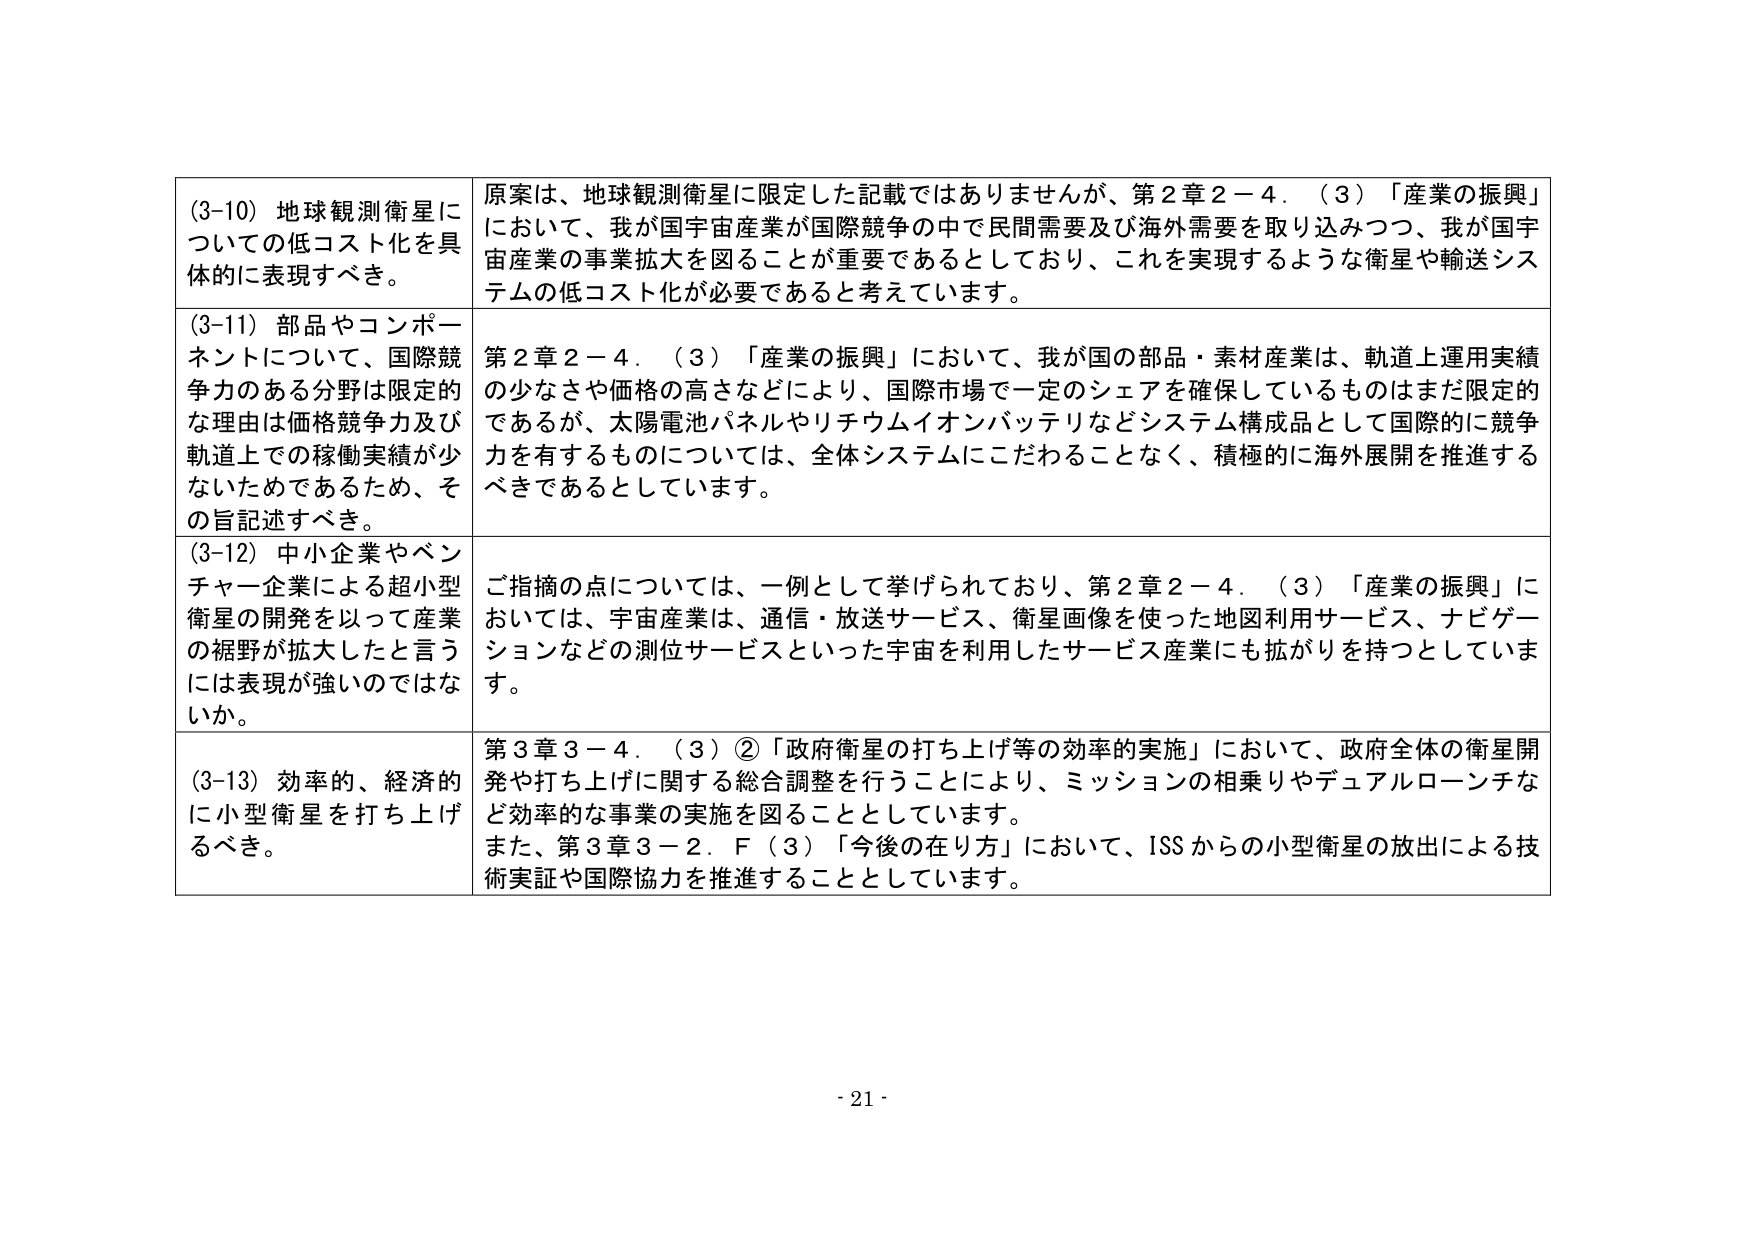
(3-10) 地球観測衛星についての低コスト化を具体的に表現すべき。

原案は、地球観測衛星に限定した記載ではありませんが、第2章2－4．（3）「産業の振興」において、我が国宇宙産業が国際競争の中で民間需要及び海外需要を取り込みつつ、我が国宇宙産業の事業拡大を図ることが重要であるとしており、これを実現するような衛星や輸送システムの低コスト化が必要であると考えています。

(3-11) 部品やコンポーネントについて、国際競争力のある分野は限定的な理由は価格競争力及び軌道上での稼働実績が少ないためであるため、その旨記述すべき。

第2章2－4．（3）「産業の振興」において、我が国の部品・素材産業は、軌道上運用実績の少なさや価格の高さなどにより、国際市場で一定のシェアを確保しているものはまだ限定的であるが、太陽電池パネルやリチウムイオンバッテリなどシステム構成品として国際的に競争力を有するものについては、全体システムにこだわることなく、積極的に海外展開を推進するべきであるとしています。

(3-12) 中小企業やベンチャー企業による超小型衛星の開発を以って産業の裾野が拡大したと言うには表現が強いのではないか。

ご指摘の点については、一例として挙げられており、第2章2－4．（3）「産業の振興」においては、宇宙産業は、通信・放送サービス、衛星画像を使った地図利用サービス、ナビゲーションなどの測位サービスといった宇宙を利用したサービス産業にも拡がりを持っとしています。

(3-13) 効率的、経済的に小型衛星を打ち上げるべき。

第3章3－4．（3）②「政府衛星の打ち上げ等の効率的実施」において、政府全体の衛星開発や打ち上げに関する総合調整を行うことにより、ミッションの相乗りやデュアルローンチなど効率的な事業の実施を図ることとしています。また、第3章3－2．F（3）「今後の在り方」において、ISSからの小型衛星の放出による技術実証や国際協力を推進することとしています。

- 21 -